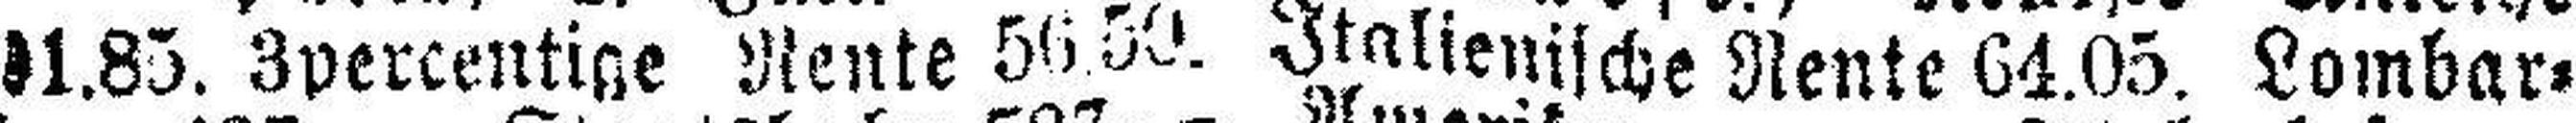
91.85. 3percentige Rente 56.50. Italienische Rente 64.05. Lombar¬